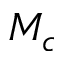
M _ { c }